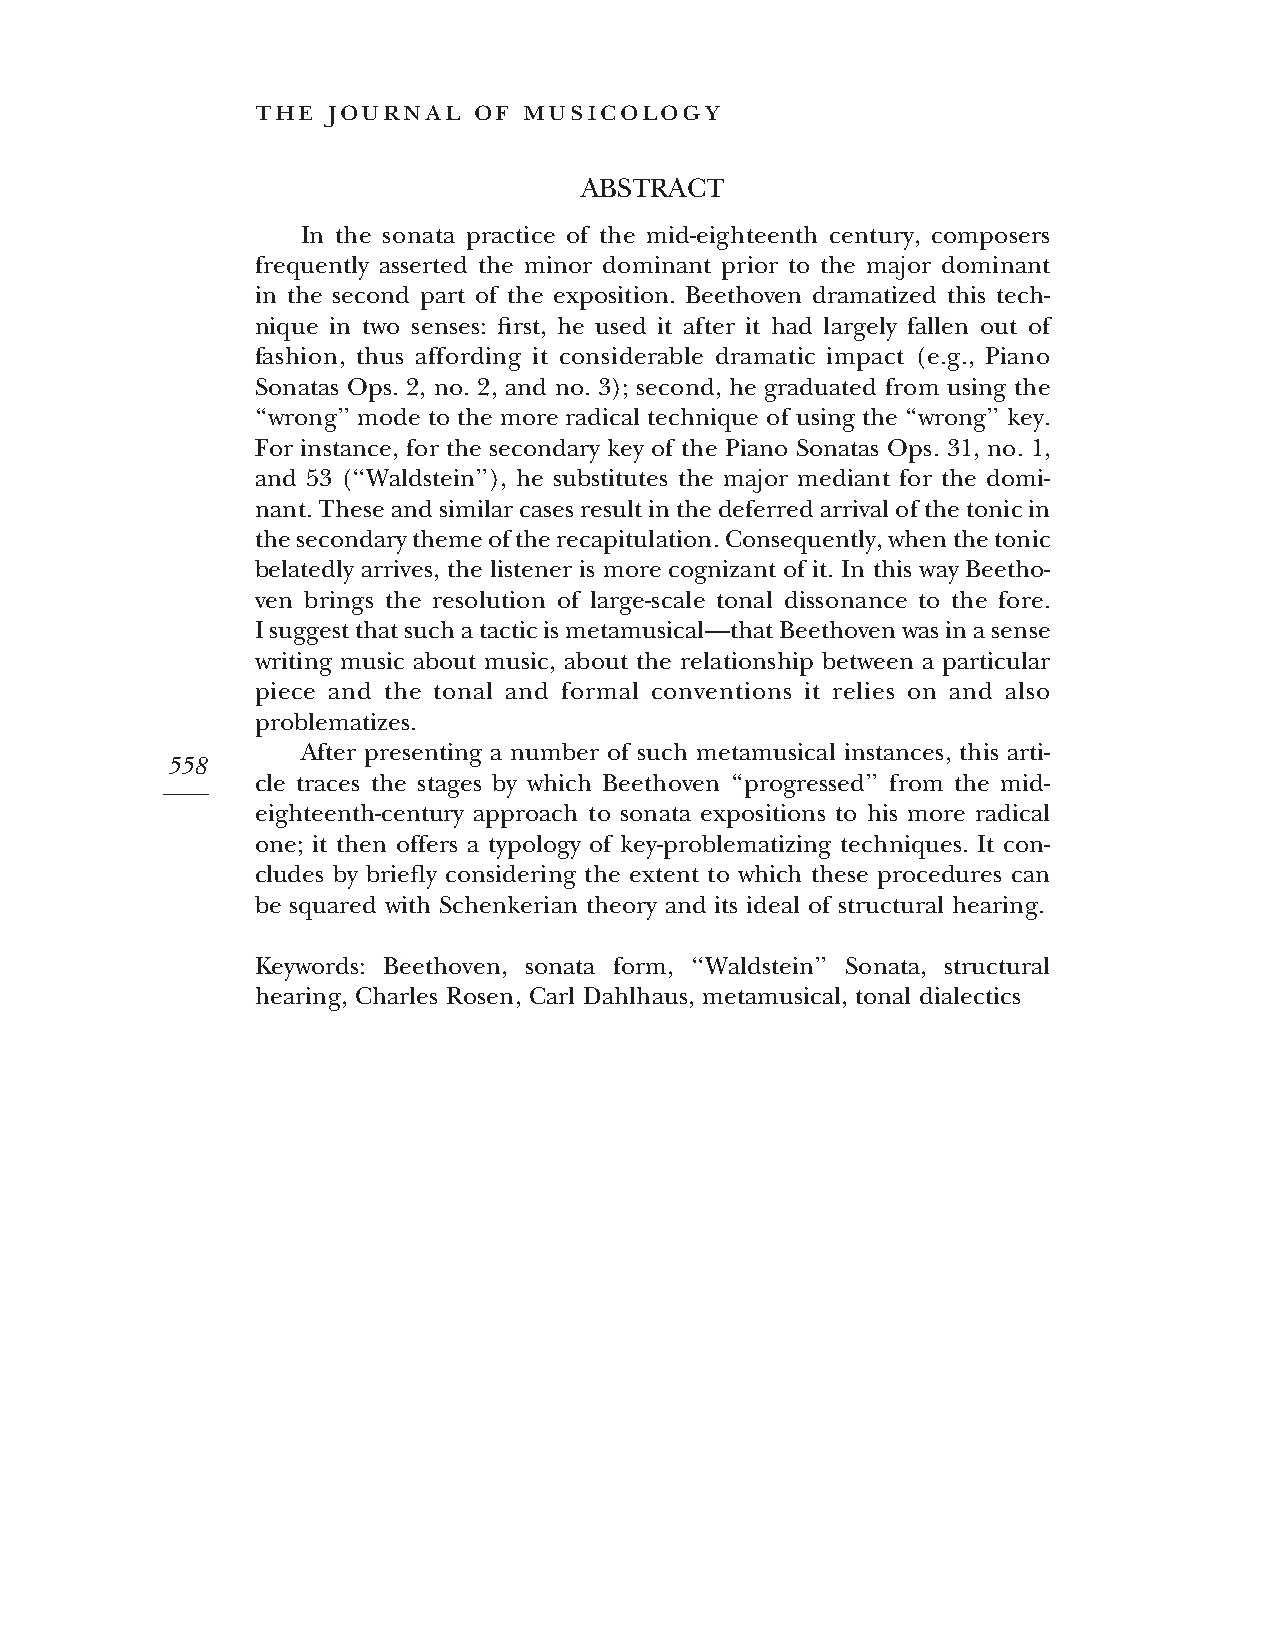
the  journal  of  musicology
 ABSTRACT
 In the sonata practice of the mid-eighteenth century, composers
 frequently asserted the minor dominant prior to the major dominant
 in the second part of the exposition. Beethoven dramatized this tech-
 nique in two senses: first, he used it after it had largely fallen out of
 fashion, thus affording it considerable dramatic impact (e.g., Piano
 Sonatas Ops. 2, no. 2, and no. 3); second, he graduated from using the
 ‘‘wrong’’ mode to the more radical technique of using the ‘‘wrong’’ key.
 For instance, for the secondary key of the Piano Sonatas Ops. 31, no. 1,
 and 53 (‘‘Waldstein’’), he substitutes the major mediant for the domi-
 nant.Theseandsimilarcasesresultinthedeferredarrivalofthetonicin
 thesecondarythemeoftherecapitulation.Consequently,whenthetonic
 belatedly arrives, the listener is more cognizant of it. In this way Beetho-
 ven brings the resolution of large-scale tonal dissonance to the fore.
 Isuggestthatsuchatacticismetamusical—thatBeethovenwasinasense
 writing music about music, about the relationship between a particular
 piece and the tonal and formal conventions it relies on and also
 problematizes.
 After presenting a number of such metamusical instances, this arti-
 558
 cle traces the stages by which Beethoven ‘‘progressed’’ from the mid-
 eighteenth-century approach to sonata expositions to his more radical
 one; it then offers a typology of key-problematizing techniques. It con-
 cludes by briefly considering the extent to which these procedures can
 be squared with Schenkerian theory and its ideal of structural hearing.
 Keywords: Beethoven, sonata form, ‘‘Waldstein’’ Sonata, structural
 hearing, Charles Rosen, Carl Dahlhaus, metamusical, tonal dialectics